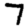
Digit: 7